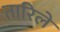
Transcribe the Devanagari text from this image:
तारिले